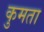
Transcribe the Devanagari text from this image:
कुमता